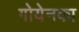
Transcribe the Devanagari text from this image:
गोयेनका